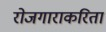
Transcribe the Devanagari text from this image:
रोजगाराकरितां